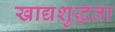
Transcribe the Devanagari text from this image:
खाद्यशुद्धता